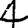
Digit: 4